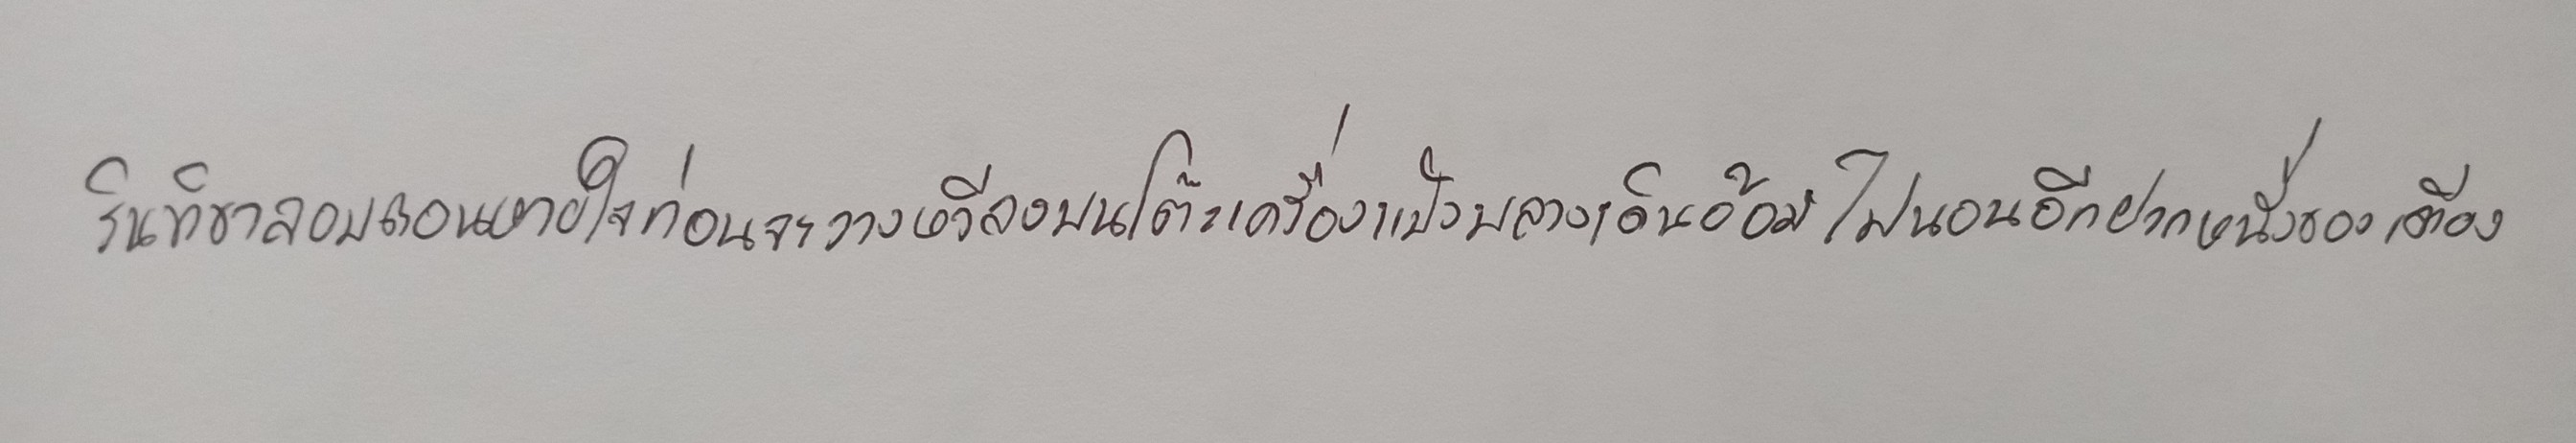
รินทิชาลอบถอนหายใจก่อนจะวางหวีลงบนโต๊ะเครื่องแป้งพลางเดินอ้อมไปนอนอีกฟากหนึ่งของเตียง